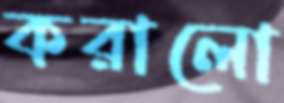
করালো